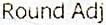
ROUND ADJ